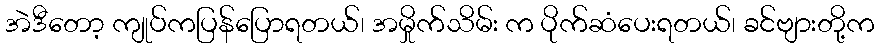
အဲဒီတော့ ကျုပ်ကပြန်ပြောရတယ်၊ အမှိုက်သိမ်း က ပိုက်ဆံပေးရတယ်၊ ခင်ဗျားတို့က